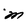
Character: m